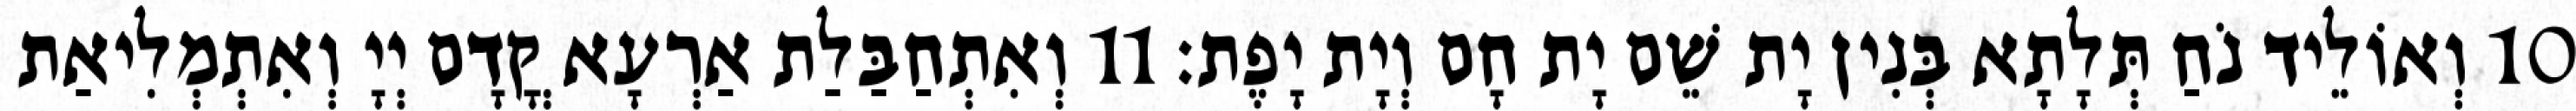
10 וְאוֹלֵיד נֹחַ תְּלָתָא בְּנִין יָת שֵׁם יָת חָם וְיָת יָפֶת׃ 11 וְאִתְחַבַּלַת אַרְעָא קֳדָם יְיָ וְאִתְמְלִיאַת